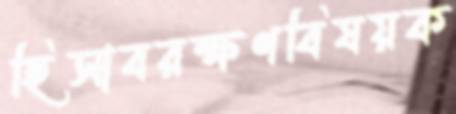
হিসাবরক্ষণবিষয়ক